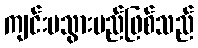
ကျင်းပသွားမည်ဖြစ်သည်